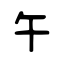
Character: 午